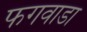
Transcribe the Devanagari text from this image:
फगवाडा